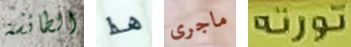
الطائشة هذا ماجرى تورتة